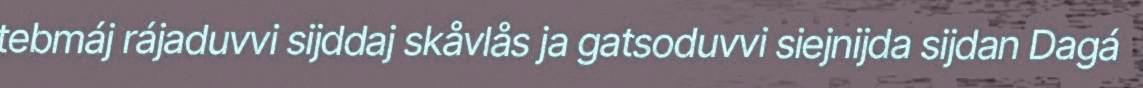
tebmáj rájaduvvi sijddaj skåvlås ja gatsoduvvi siejnijda sijdan Dagá